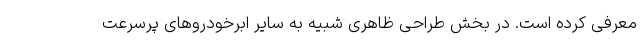
معرفی کرده است. در بخش طراحی ظاهری شبیه به سایر ابرخودروهای پرسرعت